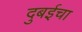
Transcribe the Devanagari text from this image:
दुबईचा